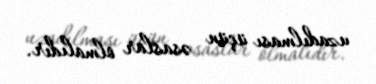
uzadılması üçün əsaslar olmalıdır.